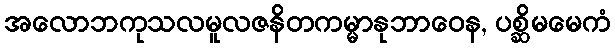
အလောဘကုသလမူလဇနိတကမ္မာနုဘာဝေန, ပစ္ဆိမမေကံ